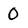
Character: 0